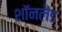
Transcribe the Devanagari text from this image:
शॉनलैंड